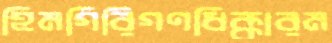
হিমগিরিগণধিক্কারম